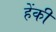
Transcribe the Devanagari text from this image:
हेंकी